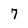
Character: 7